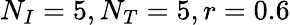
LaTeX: N_{I}=5,N_{T}=5,r=0.6